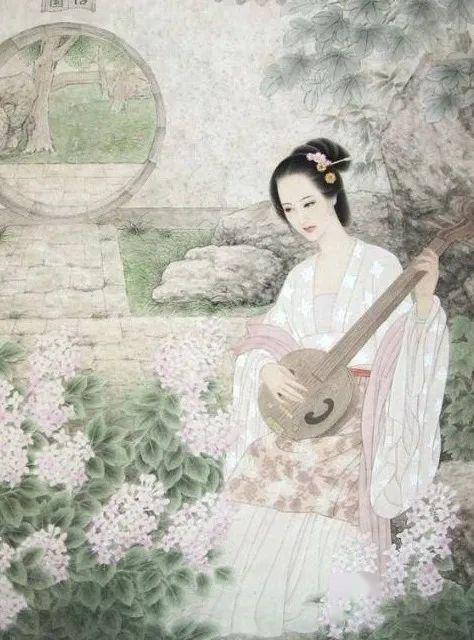
一尺深红胜曲尘，天生旧物不如新。